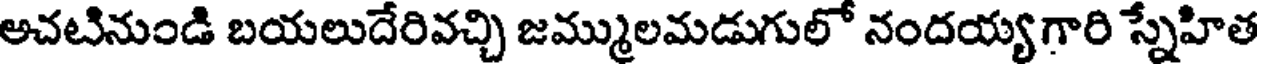
అచటినుండి బయలుదేరివచ్చి జమ్ములమడుగులో నందయ్యగారి స్నేహిత